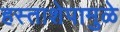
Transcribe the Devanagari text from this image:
हस्ताशेपामुळे